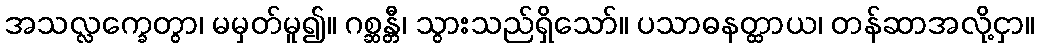
အသလ္လက္ခေတွာ၊ မမှတ်မူ၍။ ဂစ္ဆန္တီ၊ သွားသည်ရှိသော်။ ပသာဓနတ္ထာယ၊ တန်ဆာအလို့ငှာ။